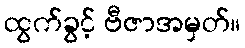
ထွက်ခွင့် ဗီဇာအမှတ်။